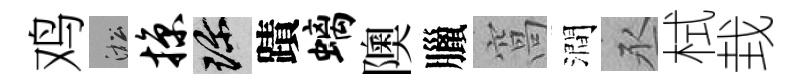
鸡淞掠珍蹟螭隩臘窩澗丞栻㘽